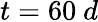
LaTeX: t=60\ d